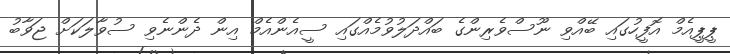
ޕީޕީއެމް އޮފީހުގައި ބޭއްވި ނޫސްވެރިންގެ ބައްދަލުވުމެއްގައި ސީއެންއެމް އިން ދެންނެވި ސުވާލަކަށް ޖަވާބު